Vaccination in Burma 1912-1922 - 1912-1922
Year: 1912
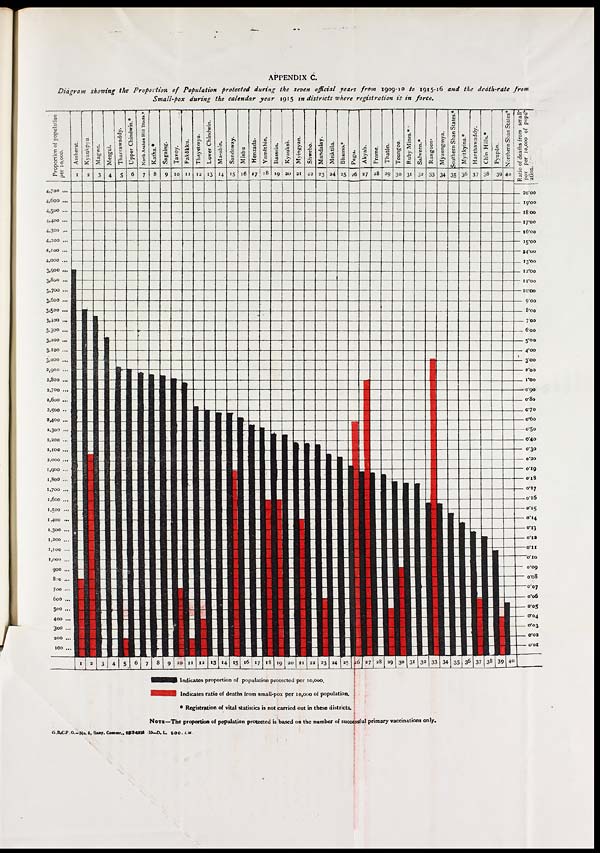
APPENDIX C.
Diagram showing the Proportion of Population protected during the seven official years from 1909-10 to 1915-16 and the death-rate
from
Small-pox during the calendar year 1915 in districts where registration is in force.
NOTE—The proportion of population protected is based on the number of successful primary vaccinations only.
G.B.C.P.O.—No. 5. Sany. Commr., 25-1-4916 10—D. L. 500. L.M.